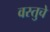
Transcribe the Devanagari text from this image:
वस्तुचे